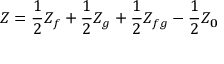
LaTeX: Z = { \frac { 1 } { 2 } } Z _ { f } + { \frac { 1 } { 2 } } Z _ { g } + { \frac { 1 } { 2 } } Z _ { f g } - { \frac { 1 } { 2 } } Z _ { \bf 0 }